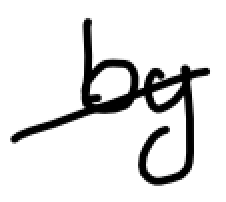
Text: by
Cross-out: diagonal
Writing tool: digital_black